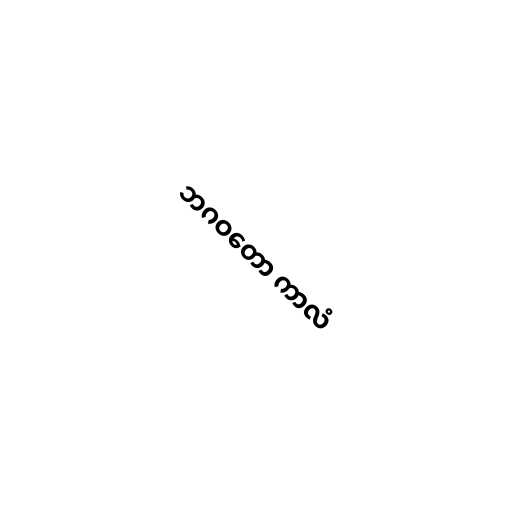
ဘဂဝတော ကာလံ